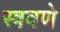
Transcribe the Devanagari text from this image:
स्त्रवणे